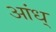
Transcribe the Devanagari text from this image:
आंध्